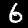
Digit: 6